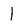
Character: 1